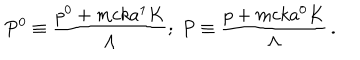
P ^ { 0 } \equiv \frac { p ^ { 0 } + m c k a ^ { 1 } K } { \Lambda } ; \; P \equiv \frac { p + m c k a ^ { 0 } K } { \Lambda } \, .